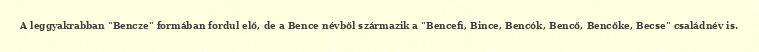
A leggyakrabban "Bencze" formában fordul elő, de a Bence névből származik a "Bencefi, Bince, Bencók, Bencő, Bencőke, Becse" családnév is.